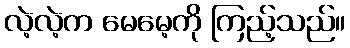
လဲ့လဲ့က မေမေ့ကို ကြည့်သည်။